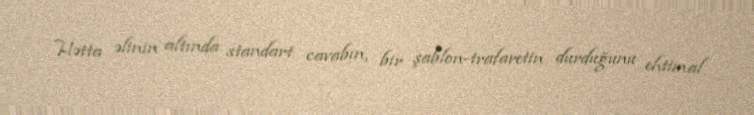
Hətta əlinin altında standart cavabın, bir şablon-trafaretin durduğunu ehtimal